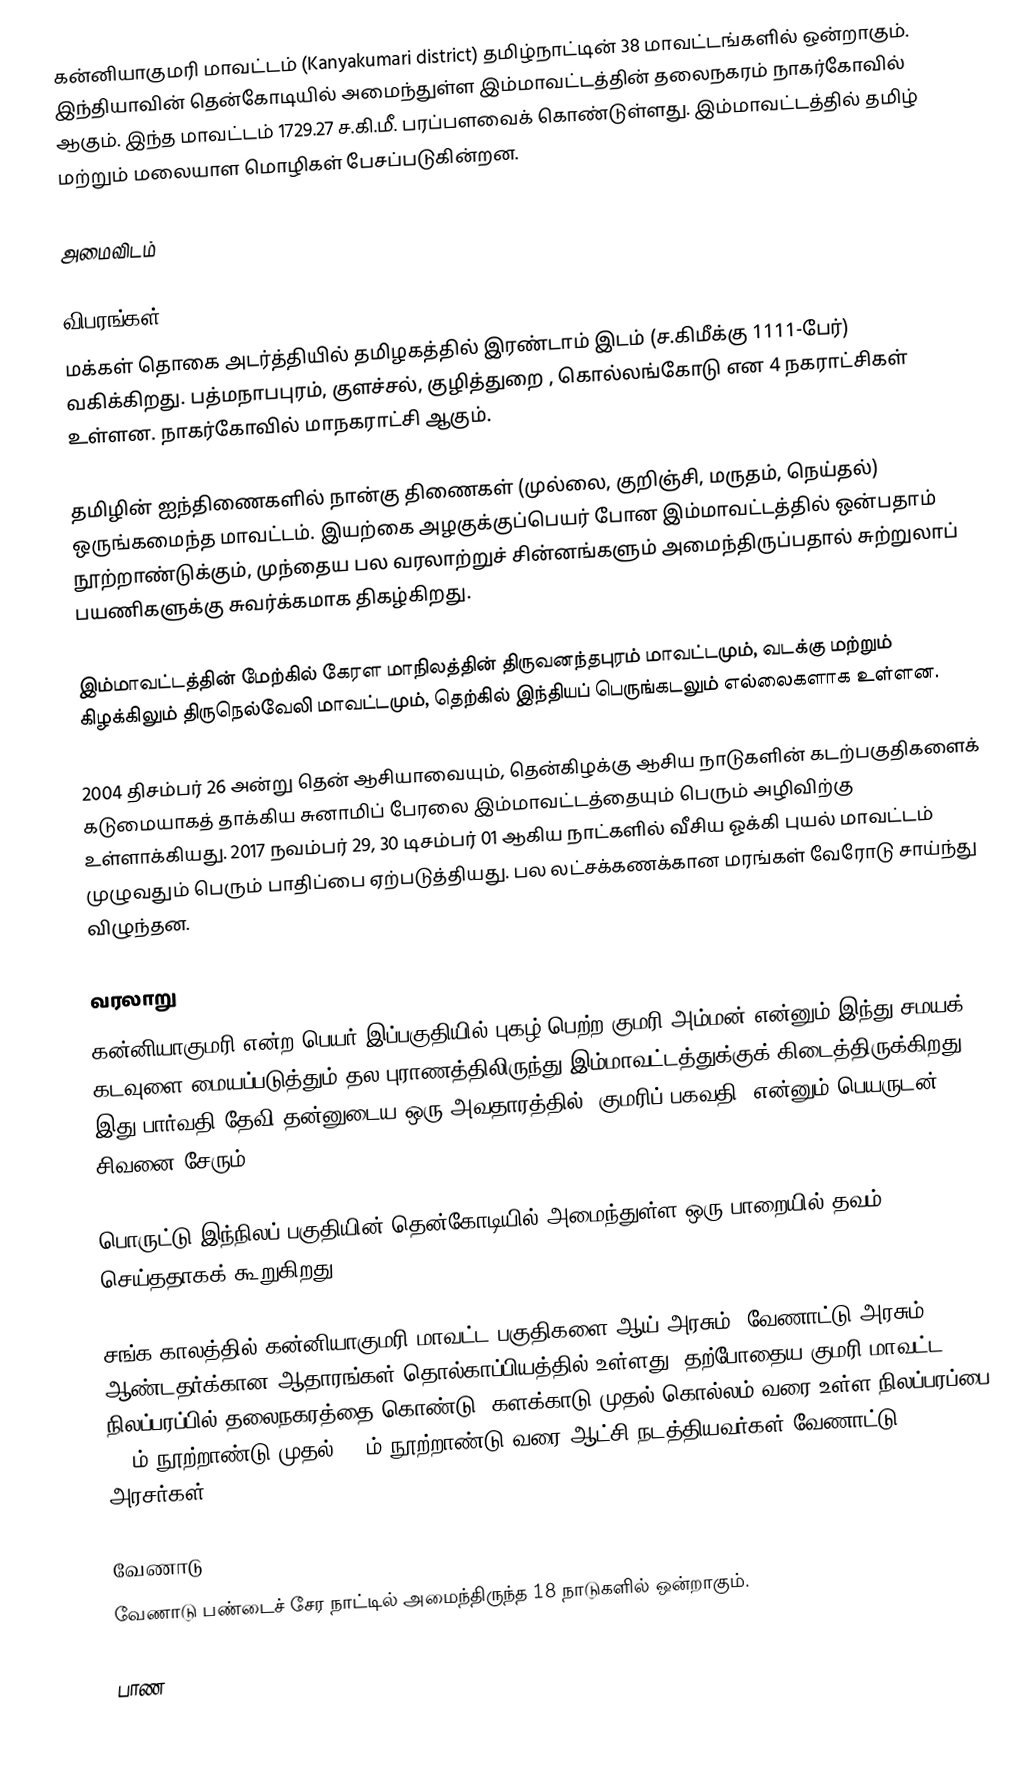
கன்னியாகுமரி மாவட்டம் (Kanyakumari district) தமிழ்நாட்டின் 38 மாவட்டங்களில் ஒன்றாகும். இந்தியாவின் தென்கோடியில் அமைந்துள்ள இம்மாவட்டத்தின் தலைநகரம் நாகர்கோவில் ஆகும். இந்த மாவட்டம் 1729.27 ச.கி.மீ. பரப்பளவைக் கொண்டுள்ளது. இம்மாவட்டத்தில் தமிழ் மற்றும் மலையாள மொழிகள் பேசப்படுகின்றன.

அமைவிடம்

விபரங்கள்
மக்கள் தொகை அடர்த்தியில் தமிழகத்தில் இரண்டாம் இடம் (ச.கிமீக்கு 1111-பேர்) வகிக்கிறது. பத்மநாபபுரம், குளச்சல், குழித்துறை , கொல்லங்கோடு என 4 நகராட்சிகள் உள்ளன. நாகர்கோவில் மாநகராட்சி ஆகும்.

தமிழின் ஐந்திணைகளில் நான்கு திணைகள் (முல்லை, குறிஞ்சி, மருதம், நெய்தல்) ஒருங்கமைந்த மாவட்டம். இயற்கை அழகுக்குப்பெயர் போன இம்மாவட்டத்தில் ஒன்பதாம் நூற்றாண்டுக்கும், முந்தைய பல வரலாற்றுச் சின்னங்களும் அமைந்திருப்பதால் சுற்றுலாப் பயணிகளுக்கு சுவர்க்கமாக திகழ்கிறது.

இம்மாவட்டத்தின் மேற்கில் கேரள மாநிலத்தின் திருவனந்தபுரம் மாவட்டமும்,  வடக்கு மற்றும் கிழக்கிலும் திருநெல்வேலி மாவட்டமும், தெற்கில் இந்தியப் பெருங்கடலும் எல்லைகளாக உள்ளன.

2004 திசம்பர் 26 அன்று தென் ஆசியாவையும், தென்கிழக்கு ஆசிய நாடுகளின் கடற்பகுதிகளைக் கடுமையாகத் தாக்கிய சுனாமிப் பேரலை இம்மாவட்டத்தையும் பெரும் அழிவிற்கு உள்ளாக்கியது. 2017 நவம்பர் 29, 30 டிசம்பர் 01 ஆகிய நாட்களில் வீசிய ஓக்கி புயல் மாவட்டம் முழுவதும் பெரும் பாதிப்பை ஏற்படுத்தியது. பல லட்சக்கணக்கான மரங்கள் வேரோடு சாய்ந்து விழுந்தன.

வரலாறு
கன்னியாகுமரி என்ற பெயர் இப்பகுதியில் புகழ் பெற்ற குமரி அம்மன் என்னும் இந்து சமயக் கடவுளை மையப்படுத்தும் தல புராணத்திலிருந்து இம்மாவட்டத்துக்குக் கிடைத்திருக்கிறது. இது பார்வதி தேவி தன்னுடைய ஒரு அவதாரத்தில் 'குமரிப் பகவதி' என்னும் பெயருடன் சிவனை சேரும்

பொருட்டு இந்நிலப் பகுதியின் தென்கோடியில் அமைந்துள்ள ஒரு பாறையில் தவம் செய்ததாகக் கூறுகிறது.

சங்க காலத்தில் கன்னியாகுமரி மாவட்ட பகுதிகளை ஆய் அரசும், வேணாட்டு அரசும் ஆண்டதர்க்கான ஆதாரங்கள் தொல்காப்பியத்தில் உள்ளது. தற்போதைய குமரி மாவட்ட நிலப்பரப்பில் தலைநகரத்தை கொண்டு, களக்காடு முதல் கொல்லம் வரை உள்ள நிலப்பரப்பை 9- ம் நூற்றாண்டு முதல் 17-ம் நூற்றாண்டு வரை ஆட்சி நடத்தியவர்கள் வேணாட்டு அரசர்கள்.

வேணாடு
வேணாடு பண்டைச் சேர நாட்டில் அமைந்திருந்த 18 நாடுகளில் ஒன்றாகும்.

பாண